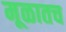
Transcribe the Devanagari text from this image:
मूळातच